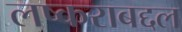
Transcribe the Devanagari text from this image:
लष्कराबद्दल